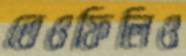
তেওফিলিও